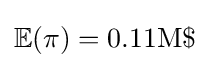
\mathbb {E} (\pi )=0.11{\text{M}}\$